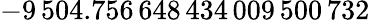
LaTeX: -9\, 504.756\, 648\, 434\, 009\, 500\, 732